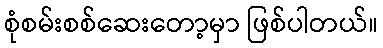
စုံစမ်းစစ်ဆေးတော့မှာ ဖြစ်ပါတယ်။